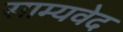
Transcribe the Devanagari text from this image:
साम्‍यवेद